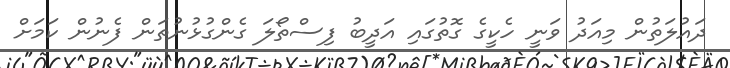
ދައުލަތުން މިއަދު ވަނީ ހެކީގެ ގޮތުގައި އަދީބު ފިސްތޯލަ ގެންގުޅުނުތަން ފެނުން ކަމަށް